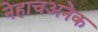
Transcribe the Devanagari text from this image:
नेहाचअनेक